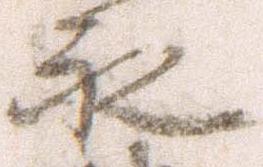
永